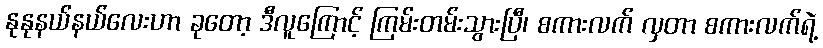
နုနုနယ်နယ်လေးဟာ ခုတော့ ဒီလူကြောင့် ကြမ်းတမ်းသွားပြီ၊ စကားလက် လှတာ စကားလက်ရဲ့